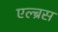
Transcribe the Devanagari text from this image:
एल्ब्रस